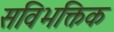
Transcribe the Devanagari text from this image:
सविभक्तिक